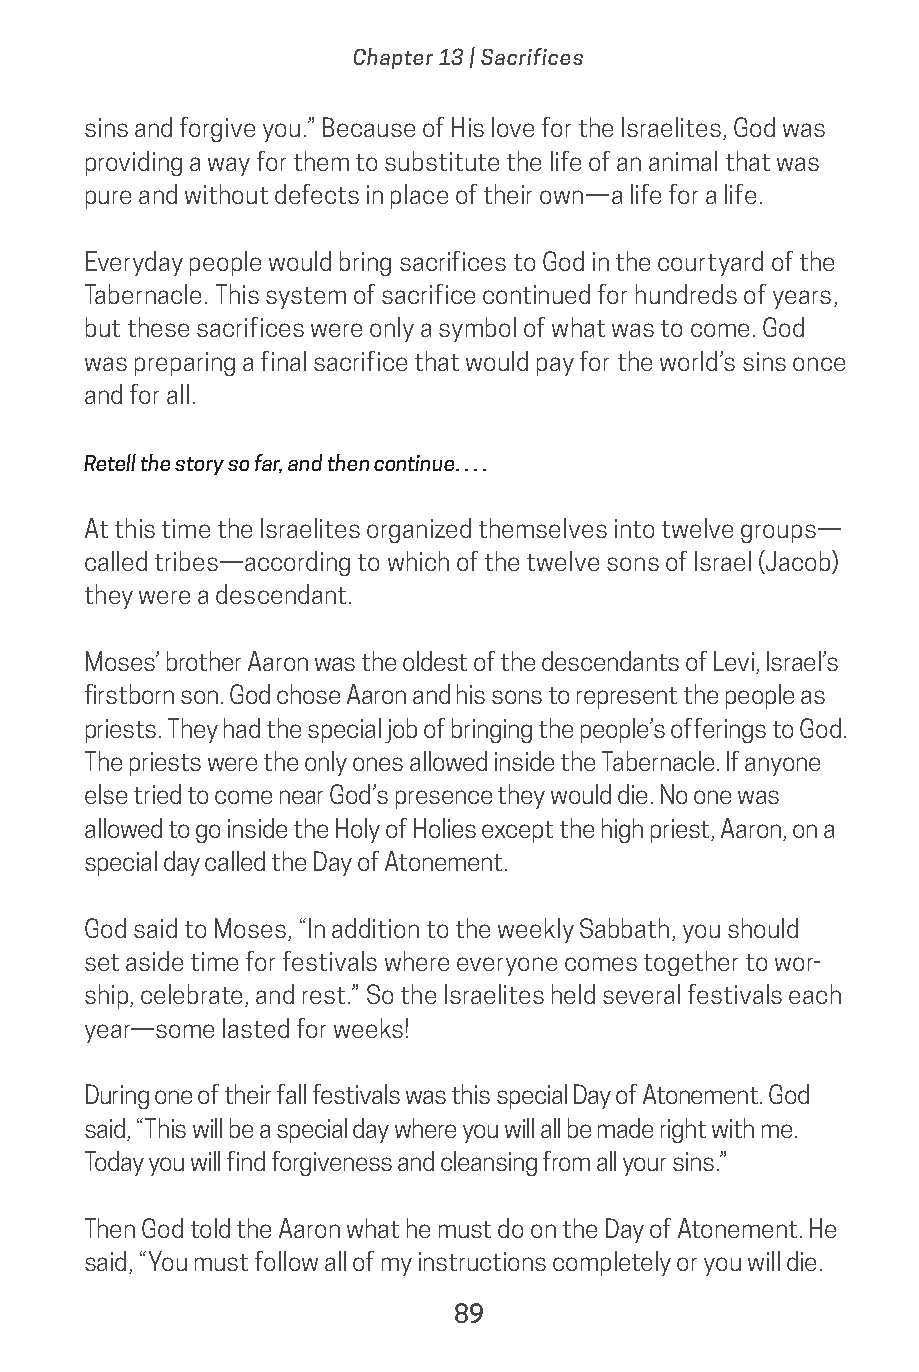
Chapter 13 | Sacrifices
 sins and forgive you.” Because of His love for the Israelites, God was
 providing a way for them to substitute the life of an animal that was
 pure and without defects in place of their own—a life for a life.
 Everyday people would bring sacrifices to God in the courtyard of the
 Tabernacle. This system of sacrifice continued for hundreds of years,
 but these sacrifices were only a symbol of what was to come. God
 was preparing a final sacrifice that would pay for the world’s sins once
 and for all.
 Retell the story so far, and then continue. . . .
 At this time the Israelites organized themselves into twelve groups—
 called tribes—according to which of the twelve sons of Israel (Jacob)
 they were a descendant.
 Moses’ brother Aaron was the oldest of the descendants of Levi, Israel’s
 firstborn son. God chose Aaron and his sons to represent the people as
 priests. They had the special job of bringing the people’s offerings to God.
 The priests were the only ones allowed inside the Tabernacle. If anyone
 else tried to come near God’s presence they would die. No one was
 allowed to go inside the Holy of Holies except the high priest, Aaron, on a
 special day called the Day of Atonement.
 God said to Moses, “In addition to the weekly Sabbath, you should
 set aside time for festivals where everyone comes together to wor-
 ship, celebrate, and rest.” So the Israelites held several festivals each
 year—some lasted for weeks!
 During one of their fall festivals was this special Day of Atonement. God
 said, “This will be a special day where you will all be made right with me.
 Today you will find forgiveness and cleansing from all your sins.”
 Then God told the Aaron what he must do on the Day of Atonement. He
 said, “You must follow all of my instructions completely or you will die.
 89
 saturate-story_of_god_kids-2.indd 89              8/10/17 10:11 PM